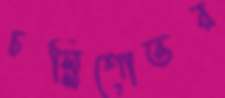
চল্লিশোত্তর